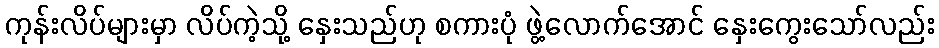
ကုန်းလိပ်များမှာ လိပ်ကဲ့သို့ နှေးသည်ဟု စကားပုံ ဖွဲ့လောက်အောင် နှေးကွေးသော်လည်း